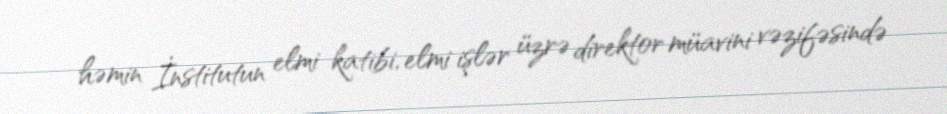
həmin İnstitutun elmi katibi, elmi işlər üzrə direktor müavini vəzifəsində